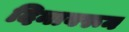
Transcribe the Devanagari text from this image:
दिनावरून